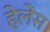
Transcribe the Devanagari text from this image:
हेलेंस